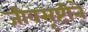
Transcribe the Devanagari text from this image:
जीवसृष्टीने